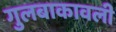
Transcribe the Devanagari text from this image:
गुलबाकावली